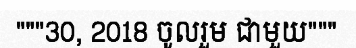
"""30, 2018 ចូលរួម ជាមួយ"""